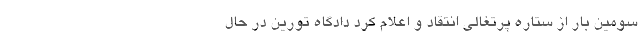
سومین بار از ستاره پرتغالی انتقاد و اعلام کرد دادگاه تورین در حال